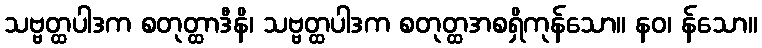
သဗ္ဗတ္ထပါဒက စတုတ္ထာဒီနိ၊ သဗ္ဗတ္ထပါဒက စတုတ္ထအစရှိကုန်သော။ နဝ၊ န်သော။